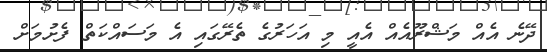
ދޭނެ އެއް މަޝްރޫއެއް އެއީ މި އަހަރުގެ ތެރޭގައި އެ މަސައްކަތް ފެށުމަށް